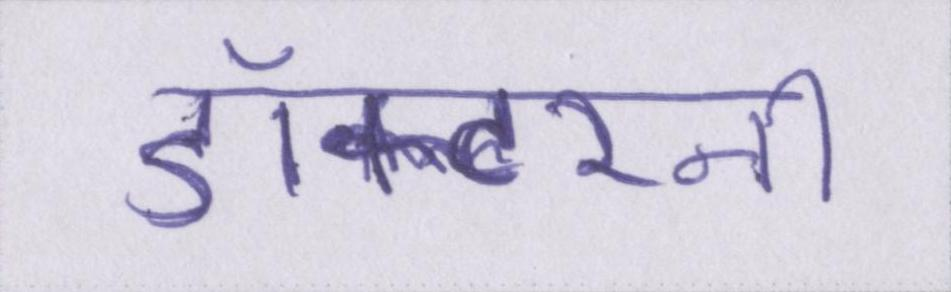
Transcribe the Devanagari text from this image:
डॉक्टरनी